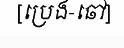
[ប្រេង-ឆៅ]